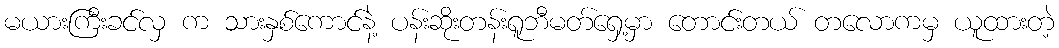
မယားကြီးခင်လှ က သားနှစ်ကောင်နဲ့ ပန်းဆိုးတန်းရူဘီမတ်ရှေ့မှာ တောင်းတယ် တလောကမှ ယူထားတဲ့